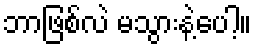
ဘာဖြစ်လဲ မသွားနဲ့ပေါ့။